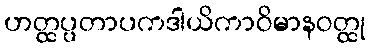
ဟတ္ထပ္ပတာပကဒါယိကာဝိမာနဝတ္ထု